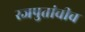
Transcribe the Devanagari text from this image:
रजपुतांचीच